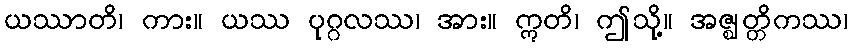
ယဿာတိ၊ ကား။ ယဿ ပုဂ္ဂလဿ၊ အား။ ဣတိ၊ ဤသို့။ အဇ္ဈတ္တိကဿ၊